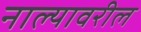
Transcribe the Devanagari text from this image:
नाल्यावरील